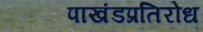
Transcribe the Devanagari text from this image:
पाखंडप्रतिरोध